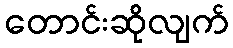
တောင်းဆိုလျက်